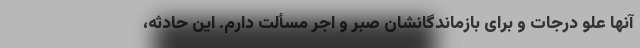
آنها علو درجات و برای بازماندگانشان صبر و اجر مسألت دارم. این حادثه،